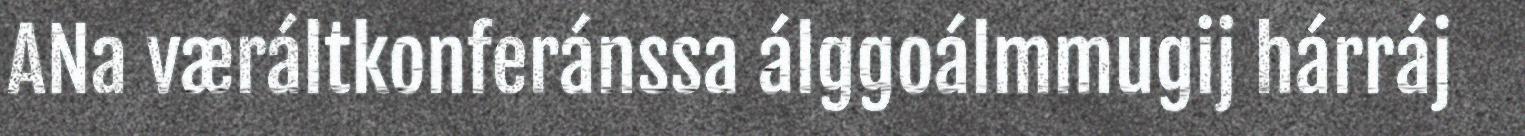
ANa væráltkonferánssa álggoálmmugij hárráj